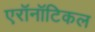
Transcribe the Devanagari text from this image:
एरॉनॉटिकल